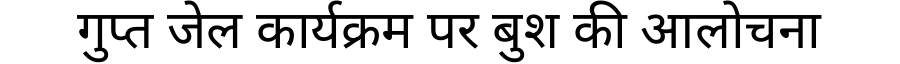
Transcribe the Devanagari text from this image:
गुप्त जेल कार्यक्रम पर बुश की आलोचना